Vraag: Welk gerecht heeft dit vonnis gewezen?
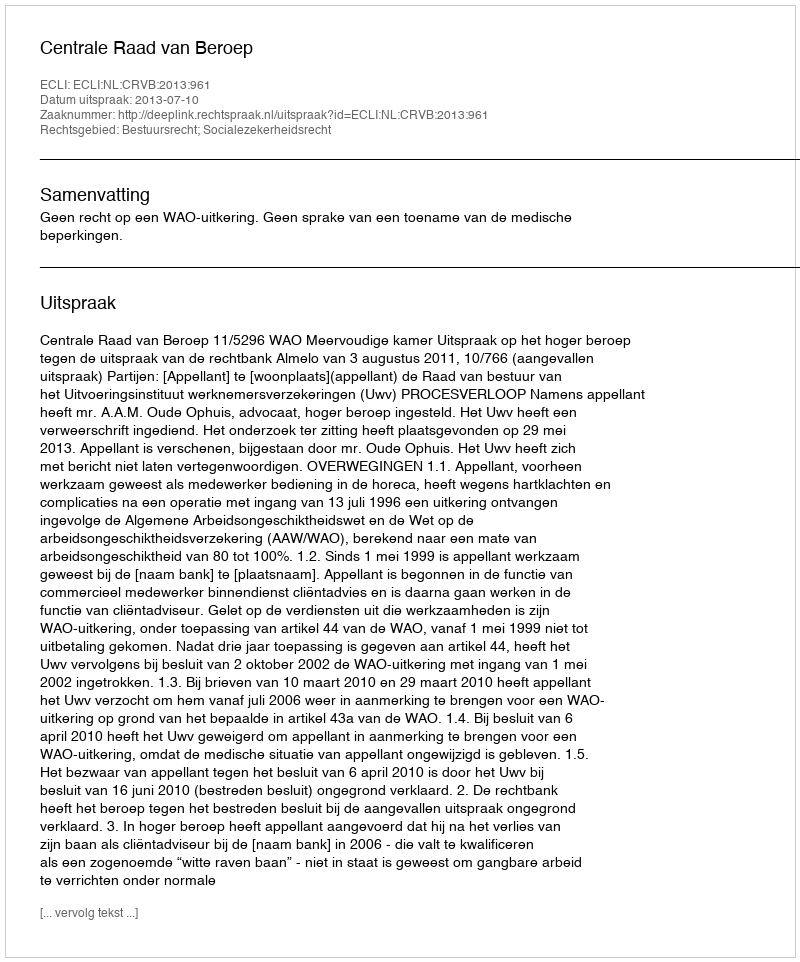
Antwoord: Centrale Raad van Beroep